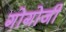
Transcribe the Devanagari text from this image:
गोगोजी